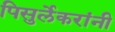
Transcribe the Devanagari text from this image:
पिसुर्लेकरांनी